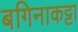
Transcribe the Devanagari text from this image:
बगिनाकट्टा